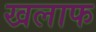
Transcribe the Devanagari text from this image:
खलाफ